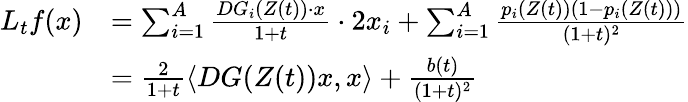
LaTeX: \begin{array}{rl}{L_{t}f(x)}&{=\sum_{i=1}^{A}\frac{DG_{i}(Z(t))\cdot x}{1+t}\cdot 2x_{i}+\sum_{i=1}^{A}\frac{p_{i}(Z(t))(1-p_{i}(Z(t)))}{(1+t)^{2}}}\\ &{=\frac{2}{1+t}\langle DG(Z(t))x,x\rangle+\frac{b(t)}{(1+t)^{2}}}\end{array}